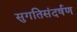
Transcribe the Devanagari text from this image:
सुगतिसंदर्षण